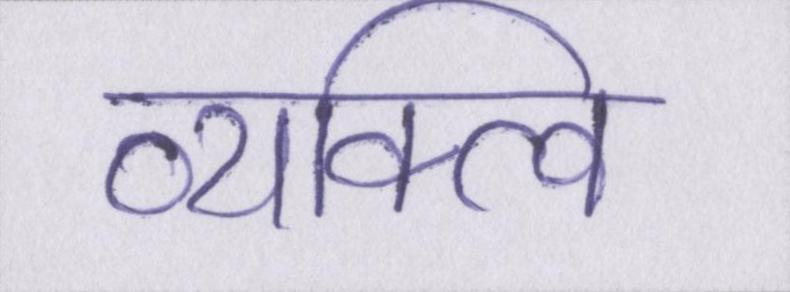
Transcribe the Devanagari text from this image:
व्यक्त्वि